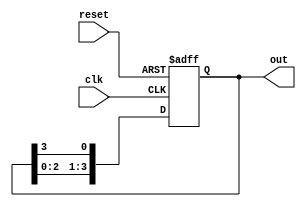
module johnson_counter (
    input wire clk,
    input wire reset,
    output reg [n-1:0] out
);

parameter n = 4; // Number of stages

reg [n-1:0] q;

always @(posedge clk or posedge reset) begin
    if (reset) begin
        q <= 0;
    end else begin
        q <= {q[n-2:0], q[n-1]};
    end
end

assign out = q;

endmodule